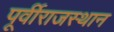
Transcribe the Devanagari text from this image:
पूर्वीराजस्थान